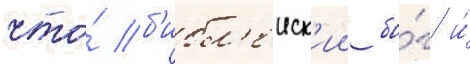
что́ б'ибл'еиск'ии бо́г и́